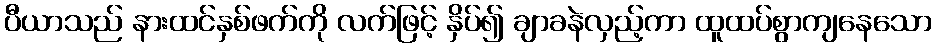
ပီယာသည် နားထင်နှစ်ဖက်ကို လက်ဖြင့် နှိပ်၍ ချာခနဲလှည့်ကာ ထူထပ်စွာကျနေသော